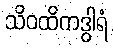
သိဝထိကဒွါရံ